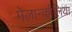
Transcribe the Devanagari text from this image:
मेलान्कोलिया